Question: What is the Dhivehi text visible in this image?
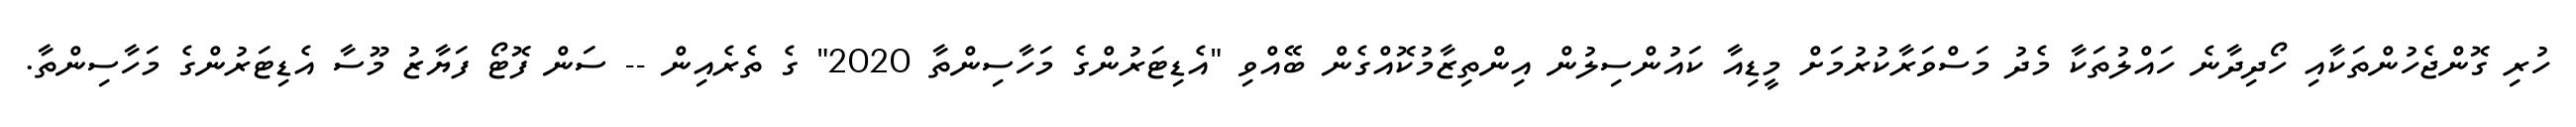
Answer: ހުރި ގޮންޖެހުންތަކާއި ހޯދިދާނެ ހައްލުތަކާ މެދު މަސްވަރާކުރުމަށް މީޑިއާ ކައުންސިލުން އިންތިޒާމުކޮއްގެން ބޭއްވި "އެޑިޓަރުންގެ މަހާސިންތާ 2020" ގެ ތެރެއިން -- ސަން ފޮޓޯ ފަޔާޒު މޫސާ އެޑިޓަރުންގެ މަހާސިންތާ.